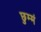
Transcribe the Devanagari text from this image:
छुम्मं